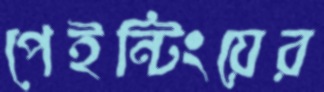
পেইন্টিংয়ের